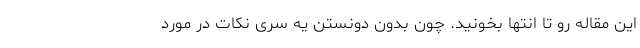
این مقاله رو تا انتها بخونید. چون بدون دونستن یه سری نکات در مورد